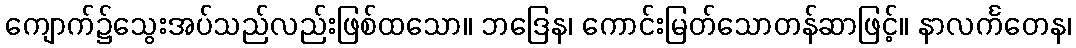
ကျောက်၌သွေးအပ်သည်လည်းဖြစ်ထသော။ ဘဒြေန၊ ကောင်းမြတ်သောတန်ဆာဖြင့်။ နာလင်္ကတေန၊